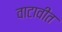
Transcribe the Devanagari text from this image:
वाटावीत